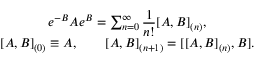
\begin{array} { c } { { e ^ { - B } A e ^ { B } = \sum _ { n = 0 } ^ { \infty } \displaystyle \frac 1 { n ! } [ A , B ] _ { ( n ) } , } } \\ { { { } [ A , B ] _ { ( 0 ) } \equiv A , \qquad [ A , B ] _ { ( n + 1 ) } = [ [ A , B ] _ { ( n ) } , B ] . } } \end{array}